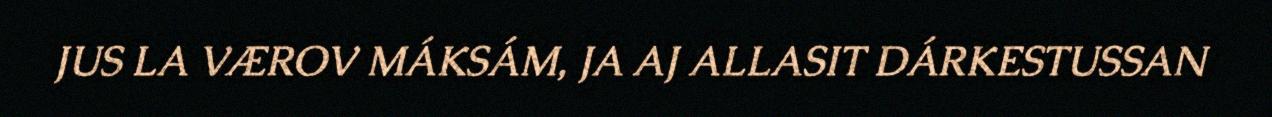
JUS LA VÆROV MÁKSÁM, JA AJ ALLASIT DÁRKESTUSSAN